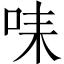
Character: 𠱤